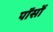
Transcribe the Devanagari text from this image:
पॉसों